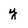
Character: y